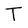
Character: T